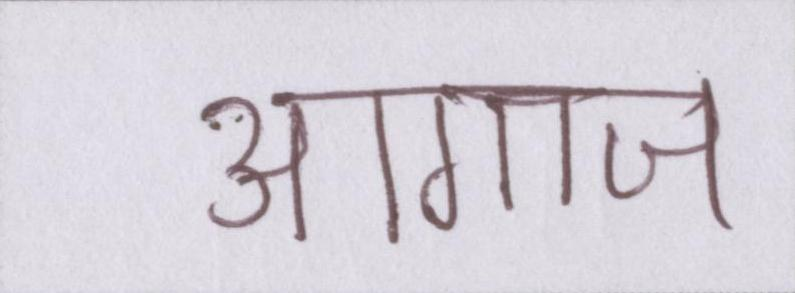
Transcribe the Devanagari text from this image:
आगाज